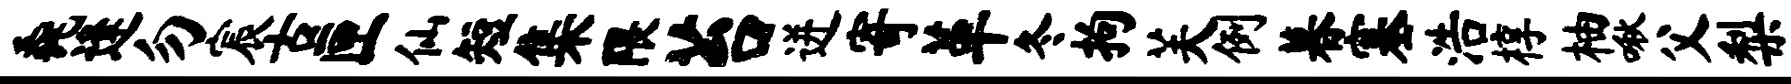
毳逢勿宸古匣仙短集隈苔迸寄革冬拘芙例暮塞浩椁柚啾父梨